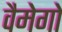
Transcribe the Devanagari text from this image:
वैमेगो